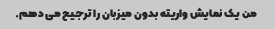
من یک نمایش واریته بدون میزبان را ترجیح می دهم.